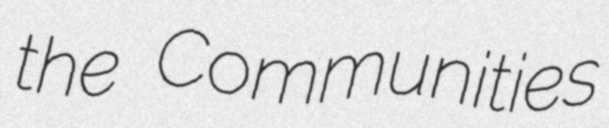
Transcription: the Communities